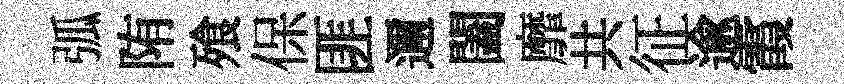
弧陏飱保匪邇闔靡共征逾霞